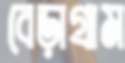
বেড়াগ্রাম